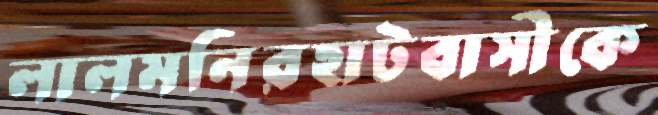
লালমনিরহাটবাসীকে